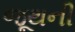
જૂથની